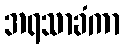
အရသာခံကာ